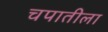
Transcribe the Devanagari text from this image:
चपातीला